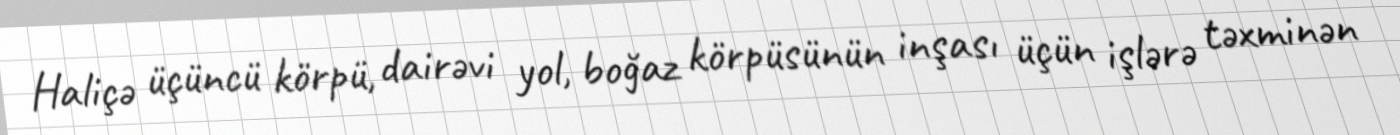
Haliçə üçüncü körpü, dairəvi yol, boğaz körpüsünün inşası üçün işlərə təxminən